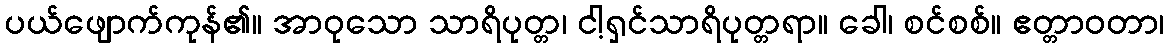
ပယ်ဖျောက်ကုန်၏။ အာဝုသော သာရိပုတ္တ၊ ငါ့ရှင်သာရိပုတ္တရာ။ ခေါ၊ စင်စစ်။ ဧတ္တာဝတာ၊